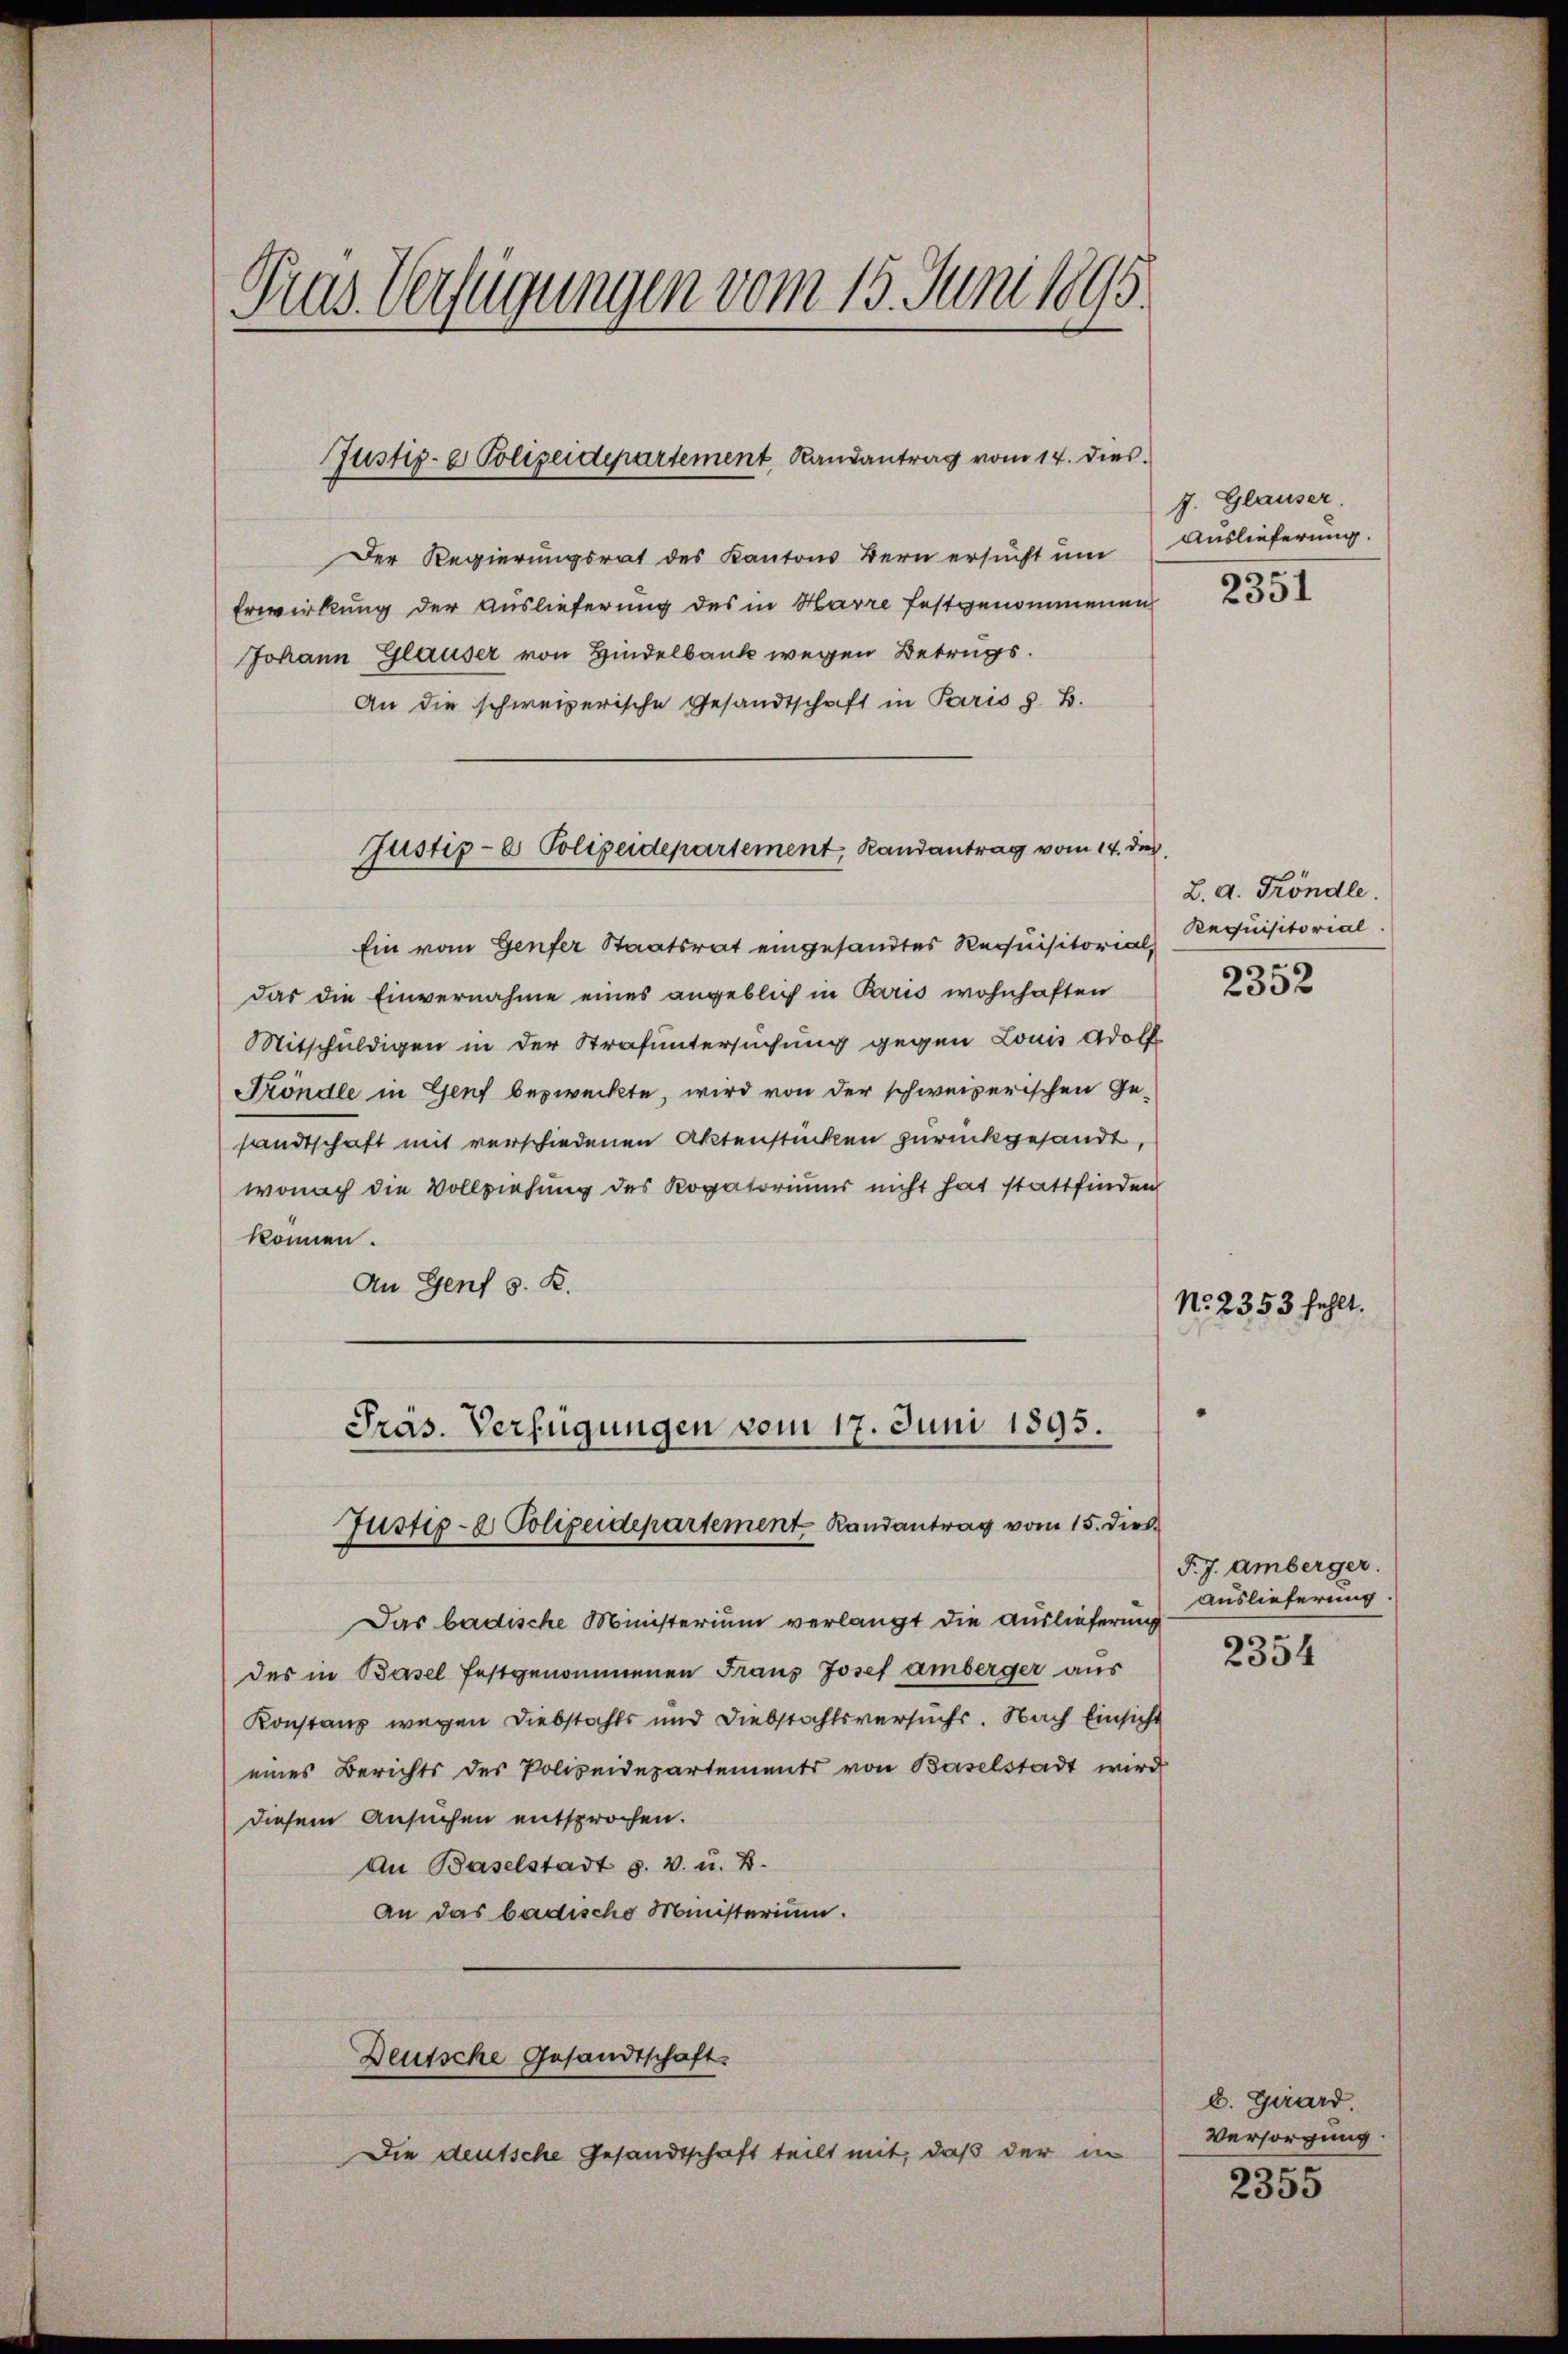
Tras Verfügungen vom 15. Juni 1895

Justiz- & Polizeidepartement Randantrag vom 14. dies

Der Regierungsrat des Kantons Bern ersucht um
Erwirkung der Auslieferung des in Harre festgenommenen
Johann Glauser von Hindelbank wegen Betrugs¬
An die schweizerische Gesandtschaft in Paris z. B.
Ein vom Genfer Staatsrat eingesandtes Requisitorial,
das die Einvernahme eines angeblich in Paris wohnhaften
Mitschuldigen in der Strafuntersuchung gegen Louis Adolf
Fröndle in Genf bezweckte, wird von der schweizerischen Ge-
sandtschaft mit verschiedenen Aktenstücken zurückgesandt,
wonach die Vollziehung des Rogatoriums nicht hat stattfinden
können.
An Genf s. B.
Präs. Verfügungen vom 17. Juni 1895.
Justiz- & Polizeidepartement Randantrag vom 15. Dies
f
Das badische Ministerium verlangt die Auslieferung
des in Basel festgenommenen Fraus Josef amberger aus
Konstanz wegen Diebstahls und Diebstahlsversuchs. Nach Einsicht
eines Berichts des Polizeidepartements von Baselstadt wird
diesem Ansuchen entsprochen.
An Baselstadt p. v. u. B.
An das badische Ministerium.
Deutsche Gesandtschaft.
Die deutsche Gesandtschaft teilt mit, daß der in

Justiz- & Polizeidepartement, Randantrag vom 14. des

7. Glauser
Auslieferung.

2351

L. d. Köndle.
Requisitorial

2352

No. 2353 fehlt.

F. J. Amberger.
Auslieferung.

2354

C. Girard.
Versorgung

2355